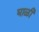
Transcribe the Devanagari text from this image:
घाळी